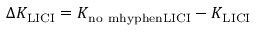
\Delta K _ { \mathrm { L I C I } } = K _ { \mathrm { n o \ m h y p h e n L I C I } } - K _ { \mathrm { L I C I } }